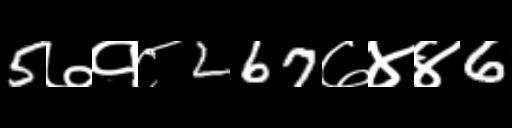
Text: 5७१८267७४४6